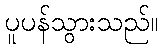
ပူပန်သွားသည်။